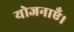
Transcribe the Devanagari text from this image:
योजनाएँ।